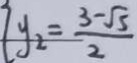
y _ { 2 } = \frac { 3 - \sqrt { 5 } } { 2 }